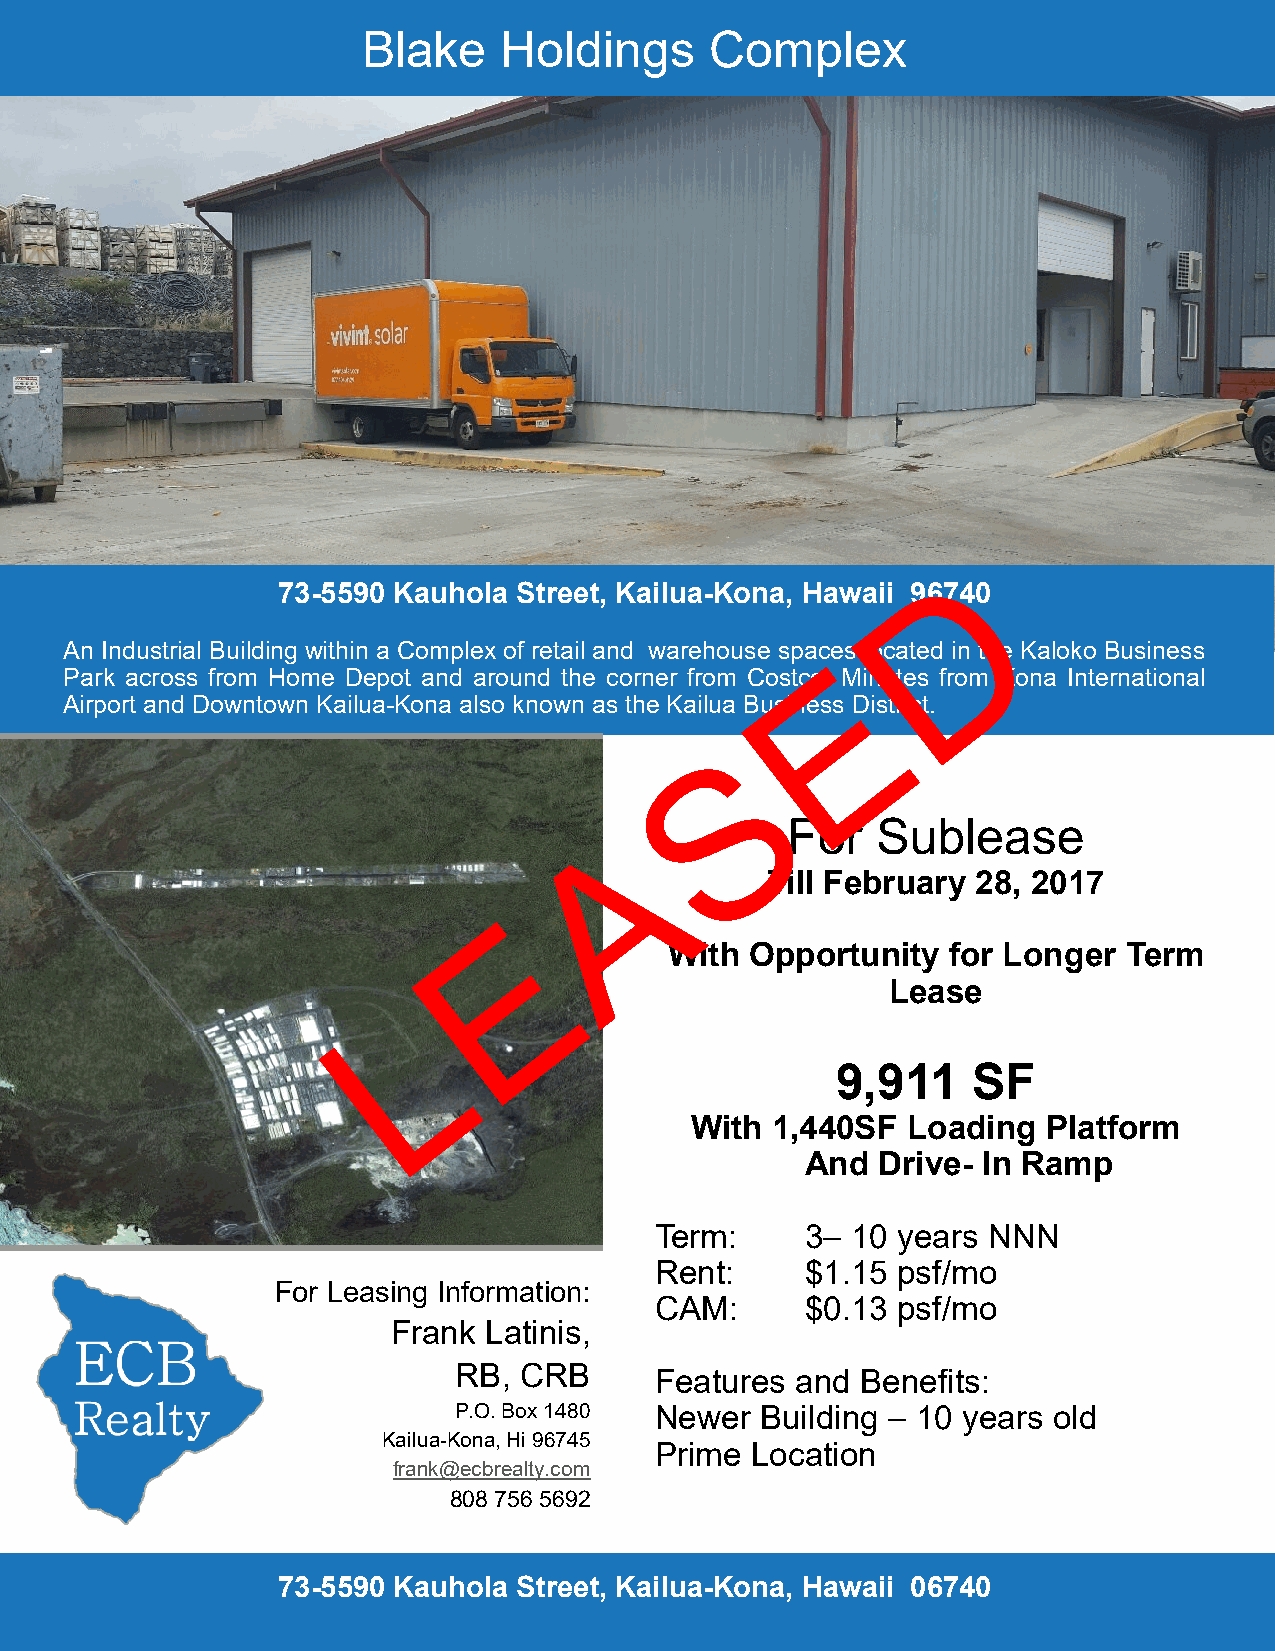
Blake    Holdings      Complex
 D
 73-5590 Kauhola Street, Kailua-Kona, Hawaii 96740
 An Industrial Building within a Complex of retail and warehouse spaces located in the Kaloko Business
 Park across from Home Depot and around the corner from Costco. MEinutes from Kona International
 Airport and Downtown Kailua-Kona also known as the Kailua Business District.
 S
 For   Sublease
 A
 Till February 28, 2017
 E
 With  Opportunity  for Longer  Term
 Lease
 L
 9,911    SF
 With 1,440SF  Loading  Platform
 And  Drive- In Ramp
 Term:     3– 10 years NNN
 Rent:     $1.15 psf/mo
 For Leasing Information:
 CAM:      $0.13 psf/mo
 Frank Latinis,
 RB, CRB      Features  and Benefits:
 P.O. Box 1480 Newer Building – 10 years old
 Kailua-Kona, Hi 96745
 Prime  Location
 frank@ecbrealty.com
 808 756 5692
 73-5590 Kauhola Street, Kailua-Kona, Hawaii 06740